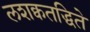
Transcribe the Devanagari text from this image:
लशक्वतद्धिते